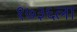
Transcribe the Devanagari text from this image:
१७३६ला